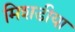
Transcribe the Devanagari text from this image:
मिशडीया